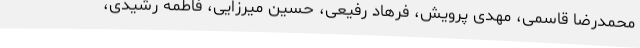
محمدرضا قاسمی، مهدی پرویش، فرهاد رفیعی، حسین میرزایی، فاطمه رشیدی،